Lunatic asylums Burma 1907-21 - 1907-1921
Year: 1907
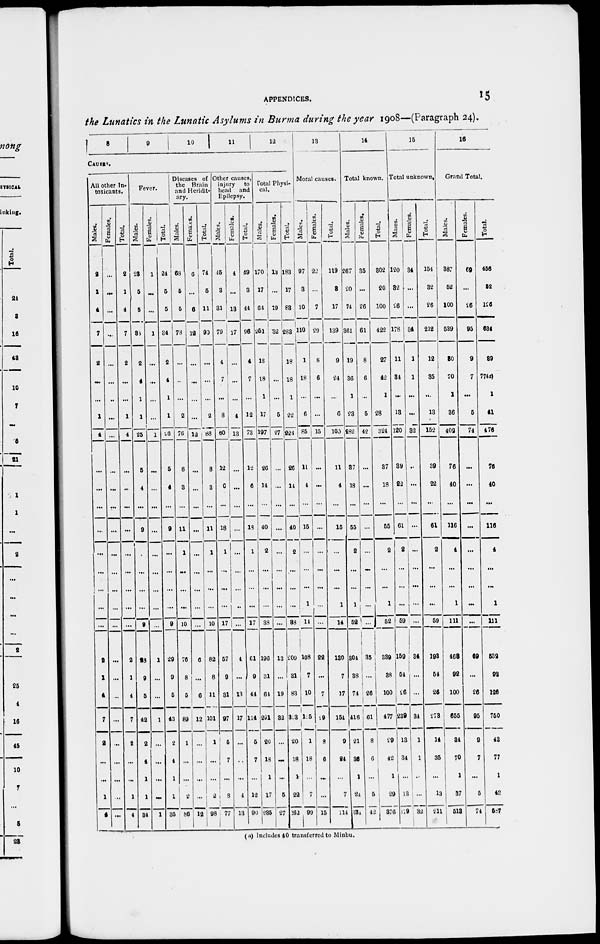
APPENDICES.
15
the Lunatics in the Lunatic Asylums in Burma during the year 1908—-(Paragraph 24).
8
9
10 11
12
CAUSES.
All other In-
toxicants.
Males.
2
1
4
7
2
...
...
1
4
...
...
...
...
...
...
...
...
...
2
1
4
7
9
...
...
1
4
Females.
...
...
...
...
...
...
...
...
...
...
...
...
...
...
...
...
...
...
...
...
...
...
...
...
...
...
...
Total.
2
1
4
7
2
...
...
1
4
...
...
...
...
...
...
...
...
...
2
1
4
7
2
...
...
1
4
Fever.
Males.
23
5
5
34
2
4
1
1
25
5
4
...
9
...
...
...
...
9
23
9
5
42
2
4
1
1
34
Females.
1
...
...
1
...
...
...
...
1
...
...
...
...
...
...
...
...
1
...
...
1
...
...
...
...
1
Total.
24
5
5
34
2
4
1
1
26
5
4
...
9
...
...
...
...
9
29
9
5
43
2
4
1
1
35
Diseases of
the Brain
and Heridit¬
ary.
Males.
68
5
5
78
...
...
...
2
76
8
3
...
11
1
...
...
...
10
76
8
5
89
1
...
...
2
86
Females.
6
...
6
12
...
...
...
...
12
...
...
...
...
...
...
...
...
...
6
...
6
12
...
...
...
...
12
Total.
74
5
11
90
...
...
...
2
88
8
3
...
11
1
...
...
...
10
82
8
11
101
1
...
...
2
98
Other causes,
injury
to
head and
Epilepsy.
Males.
45
3
31
79
4
7
...
8
60
12
6
...
18
1
...
...
...
17
57
9
31
97
5
7
...
8
77
Females.
4
...
13
17
...
...
...
4
13
...
...
...
...
...
...
...
...
...
4
...
13
17
...
...
...
4
13
Total.
49
3
44
96
4
7
...
12
73
12
6
...
18
1
...
...
...
17
61
9
44
114
5
7
...
12
90
Total Physi-
cal.
Males.
170
17
64
251
18
18
1
17
197
26
14
...
40
2
...
...
...
38
196
31
64
291
20
18
1
17
286
Females.
13
...
19
32
...
...
5
27
...
...
...
...
...
...
...
...
...
13
...
19
32
...
...
...
5
27
Total.
183
17
83
283
18
18
1
22
224
26
14
...
40
2
....
...
...
38
209
31
83
323
20
18
1
22
262
13
Moral causes.
Males.
97
3
10
110
1
18
...
6
85
11
4
...
15
...
...
...
1
14
108
7
10
125
1
18
...
7
99
Females.
22
...
7
29
8
6
...
...
15
...
...
...
...
...
...
...
...
22
...
7
29
8
6
...
...
15
Total.
119
3
17
139
9
24
...
6
100
11
4
...
15
...
...
...
1
14
180
7
17
154
9
24
...
7
114
14
Total known.
Males.
267
20
74
361
19
36
1
23
282
37
18
...
55
2
...
...
1
52
304
88
74
416
21
36
1
24
384
Females.
35
...
26
61
8
6
...
5
42
...
...
...
...
...
...
...
...
...
35
...
26
61
8
6
...
5
42
Total.
302
20
100
422
27
42
1
28
324
37
18
...
55
2
...
...
1
52
339
38
100
477
29
42
1
29
376
15
Total unknown,
Males.
120
32
26
178
11
34
...
13
120
39
22
...
61
2
...
...
...
59
159
54
26
239
13
34
...
13
179
Females.
34
...
...
34
1
1
...
...
32
...
...
...
...
...
...
...
...
...
34
...
...
34
1
1
...
...
32
Total.
154
32
26
212
12
35
...
13
152
39
22
...
61
2
...
...
...
59
193
54
26
278
14
35
...
13
211
16
Grand Total.
Males.
387
52
100
539
80
70
1
36
402
76
40
...
116
4
...
...
1
111
468
92
100
655
34
70
1
37
518
Females.
69
...
26
95
9
7
...
5
74
...
...
...
...
...
...
...
...
...
69
...
26
95
9
7
...
5
74
Total.
456
52
126
634
89
77(a)
1
41
476
76
40
...
116
4
...
...
1
111
532
92
126
750
43
77
1
42
587
(a) Includes 40 transferred to Minbu.